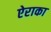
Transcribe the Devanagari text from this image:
ऐराका